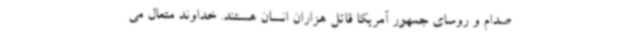
صدام و روسای جمهور آمریکا قاتل هزاران انسان هستند. خداوند متعال می